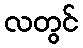
လတွင်